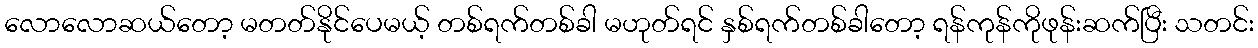
လောလောဆယ်တော့ မတတ်နိုင်ပေမယ့် တစ်ရက်တစ်ခါ မဟုတ်ရင် နှစ်ရက်တစ်ခါတော့ ရန်ကုန်ကိုဖုန်းဆက်ပြီး သတင်း